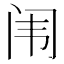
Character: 闱